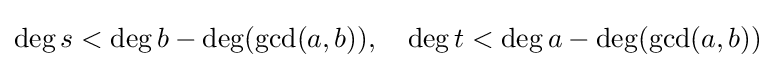
\deg s<\deg b-\deg(\gcd(a,b)),\quad \deg t<\deg a-\deg(\gcd(a,b))